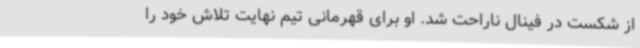
از شکست در فینال ناراحت شد. او برای قهرمانی تیم نهایت تلاش خود را